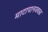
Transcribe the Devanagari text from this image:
माटापानजवळ